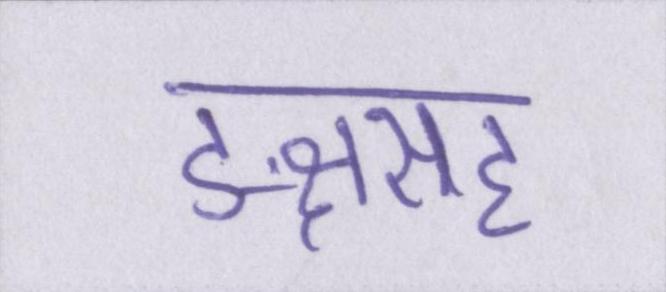
ङ्क्षसह